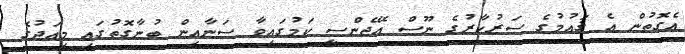
އެގޮތުން އެ ޤައުމުގެ ސަރުކާރުގެ ނޫސް އޭޖެންސީ ކަމުގައިވާ ސަނާއިން ބުނާގޮތުގައި މިއަދުގެ